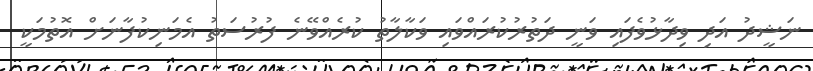
ނަޝީދު އަދި ވިދާޅުވެފައި ވަނީ ދަތުރުކުރައްވައި ވަކާލާތު ކުރެއްވޭނެ ފުރުސަތު އެމަނިކުފާނަށް އޮތުމަކީ